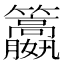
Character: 𥸏